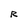
Character: R